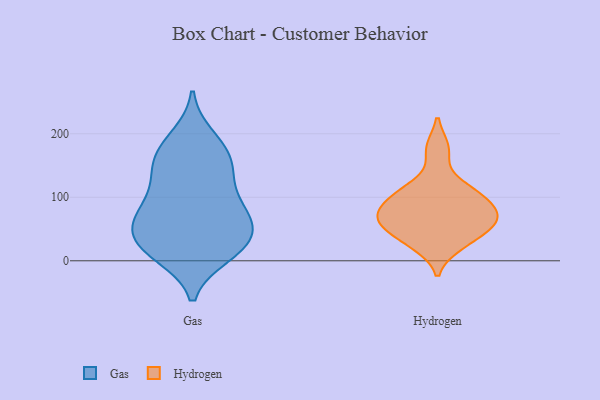
{"axis": {"x": "Gross Profit (USD K)", "y": "Value"}, "legend": ["Gas", "Hydrogen"], "data": [{"x": "", "y": 48, "type": "Gas"}, {"x": "", "y": 65, "type": "Gas"}, {"x": "", "y": 68, "type": "Gas"}, {"x": "", "y": 133, "type": "Gas"}, {"x": "", "y": 56, "type": "Gas"}, {"x": "", "y": 19, "type": "Gas"}, {"x": "", "y": 144, "type": "Gas"}, {"x": "", "y": 19, "type": "Gas"}, {"x": "", "y": 105, "type": "Gas"}, {"x": "", "y": 18, "type": "Gas"}, {"x": "", "y": 30, "type": "Gas"}, {"x": "", "y": 181, "type": "Gas"}, {"x": "", "y": 194, "type": "Gas"}, {"x": "", "y": 160, "type": "Gas"}, {"x": "", "y": 74, "type": "Gas"}, {"x": "", "y": 158, "type": "Gas"}, {"x": "", "y": 10, "type": "Gas"}, {"x": "", "y": 89, "type": "Gas"}, {"x": "", "y": 58, "type": "Hydrogen"}, {"x": "", "y": 93, "type": "Hydrogen"}, {"x": "", "y": 65, "type": "Hydrogen"}, {"x": "", "y": 38, "type": "Hydrogen"}, {"x": "", "y": 107, "type": "Hydrogen"}, {"x": "", "y": 25, "type": "Hydrogen"}, {"x": "", "y": 114, "type": "Hydrogen"}, {"x": "", "y": 176, "type": "Hydrogen"}, {"x": "", "y": 67, "type": "Hydrogen"}, {"x": "", "y": 76, "type": "Hydrogen"}]}